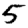
Digit: 5